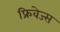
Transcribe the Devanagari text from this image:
फ्रिवेज्स